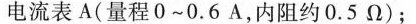
电流表A(量程0~0.6A，内阻约0.5\Omega)；